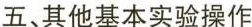
五、其他基本实验操作